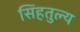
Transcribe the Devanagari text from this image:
सिंहतुल्य